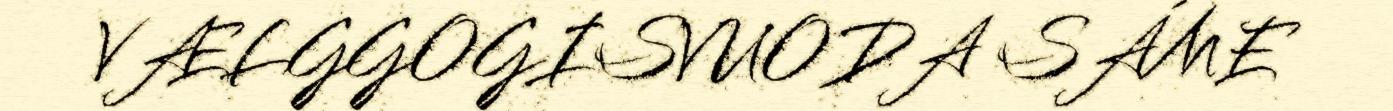
VÆLGGOGISVUODA SÁME